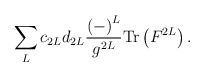
\begin{align*}\sum_{L}c_{2L}d_{2L}\frac{\left( -\right) ^{L}}{g^{2L}}\mathrm{Tr}\left(F^{2L}\right) . \end{align*}